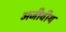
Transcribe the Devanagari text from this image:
अजीवीय